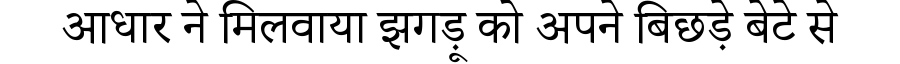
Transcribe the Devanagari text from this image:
आधार ने मिलवाया झगड़ू को अपने बिछड़े बेटे से